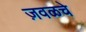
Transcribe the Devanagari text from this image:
ज़वळचे